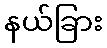
နယ်ခြား